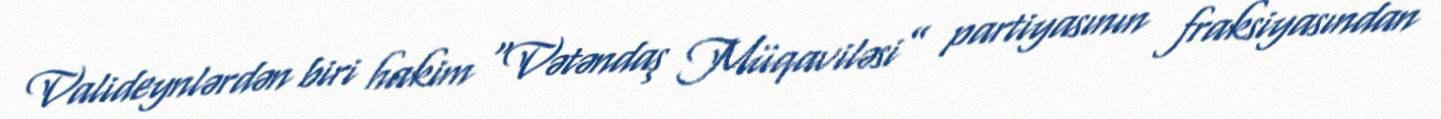
Valideynlərdən biri hakim “Vətəndaş Müqaviləsi” partiyasının fraksiyasından